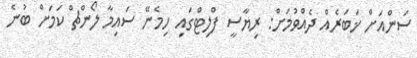
ސަންއަށް ޚަބަރެއް ދެއްވުމަށް: ރިޔާސީ ފްލިޓްގައި ހިމެނޭ ސައިމާ ލޯންޗް ކަމަށް ބުނެ